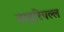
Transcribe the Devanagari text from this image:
वाइरियल्ल